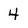
Character: 4